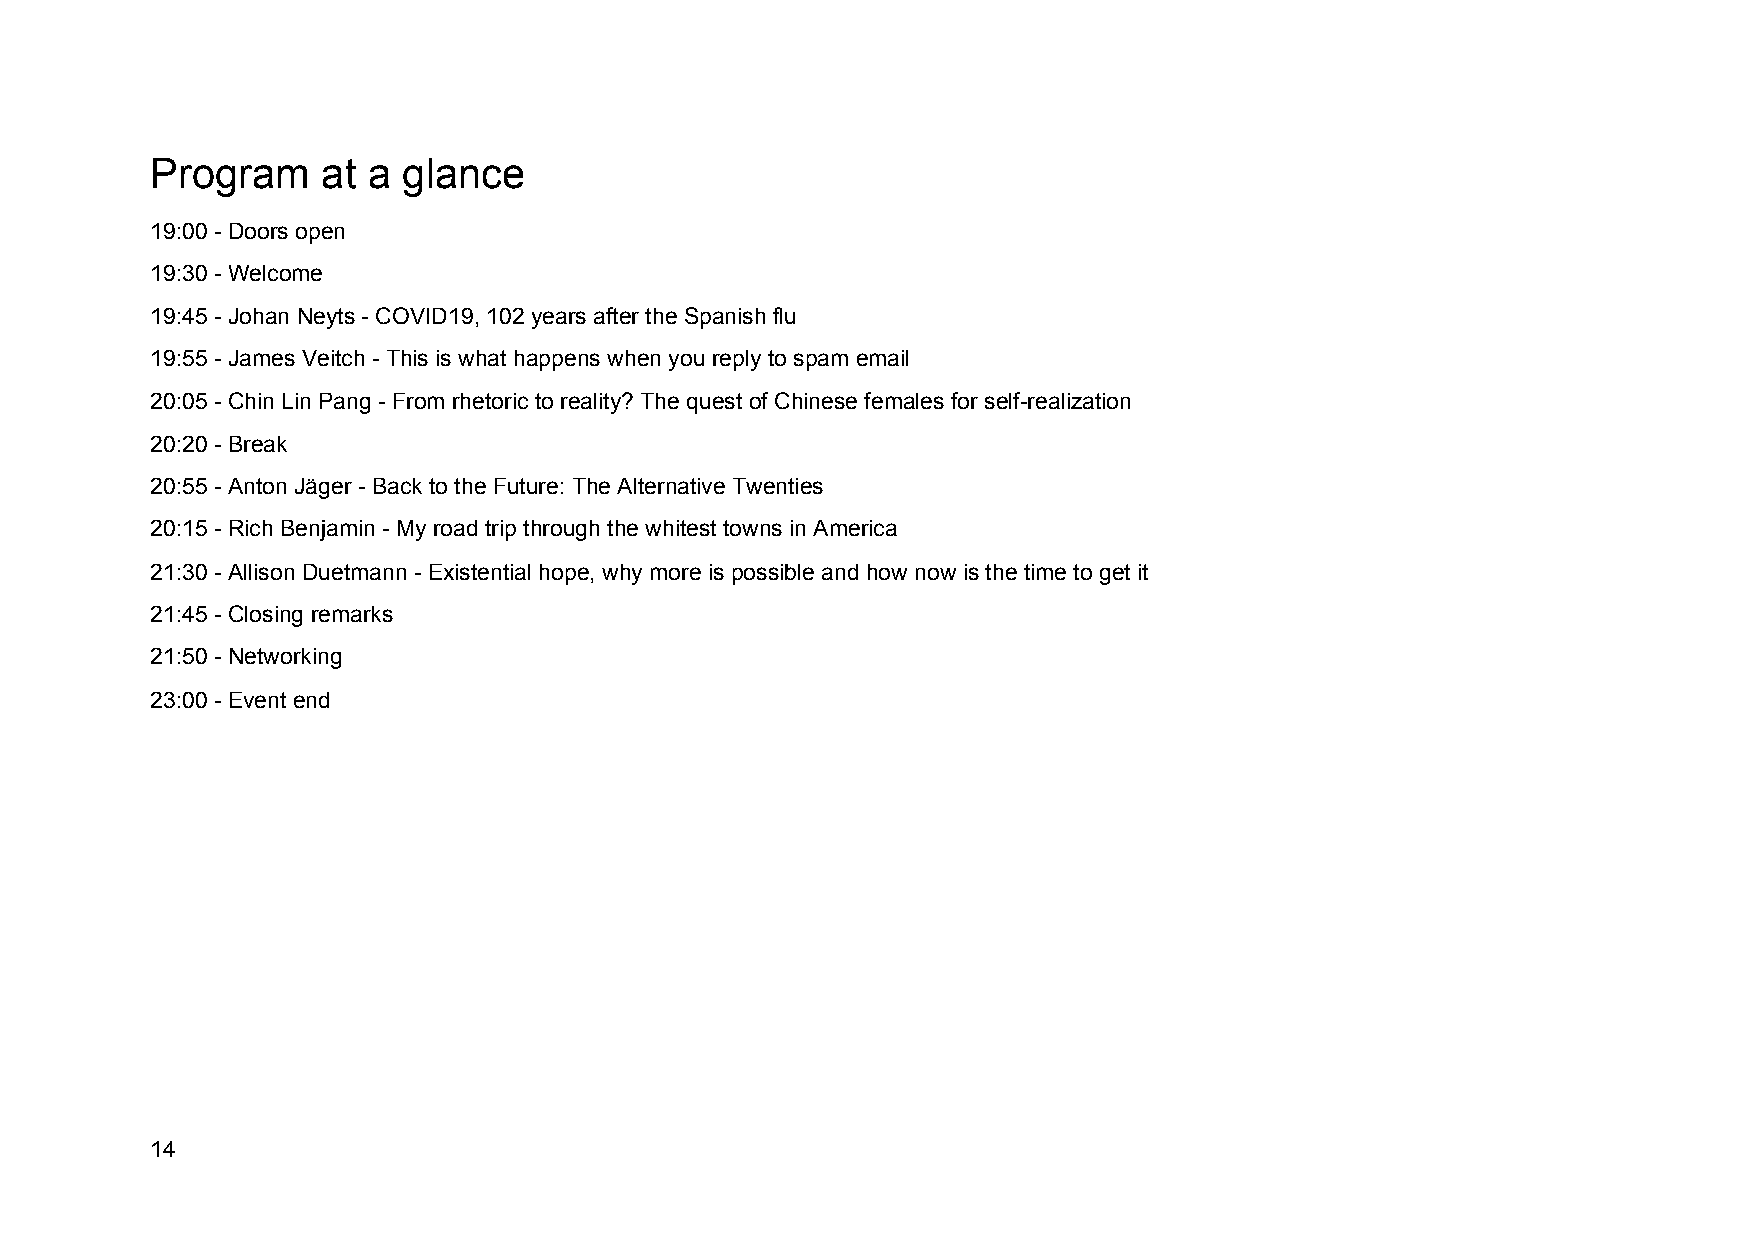
Program    at a  glance
 19:00 - Doors open
 19:30 - Welcome
 19:45 - Johan Neyts - COVID19, 102 years after the Spanish flu
 19:55 - James Veitch - This is what happens when you reply to spam email
 20:05 - Chin Lin Pang - From rhetoric to reality? The quest of Chinese females for self-realization
 20:20 - Break
 20:55 - Anton Jäger - Back to the Future: The Alternative Twenties
 20:15 - Rich Benjamin - My road trip through the whitest towns in America
 21:30 - Allison Duetmann - Existential hope, why more is possible and how now is the time to get it
 21:45 - Closing remarks
 21:50 - Networking
 23:00 - Event end
 14